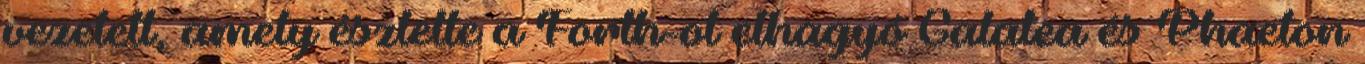
vezetett, amely észlelte a Forth-ot elhagyó Galatea és Phaeton